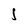
Character: J